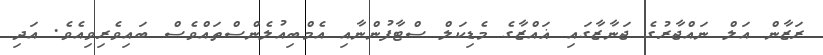
ރަޒާން އަލް ނައްޖާރުގެ ޖަނާޒާގައި ޣައްޒާގެ މެޑިކަލް ސްޓާފުންނާއި އެމްބިއުލެންސްތައްވެސް ބައިވެރިވިއެވެ. އަދި